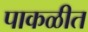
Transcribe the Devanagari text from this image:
पाकळीत